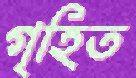
গৃহিত